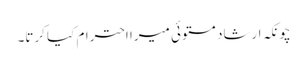
چونکہ ارشاد مستوئی میرا احترام کیا کرتا۔